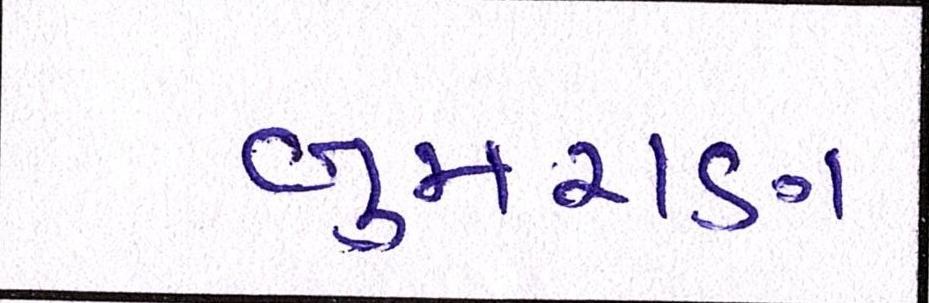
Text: બુમરાણ